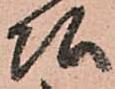
頭